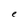
Character: e